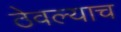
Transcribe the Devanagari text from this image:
ठेवल्याच